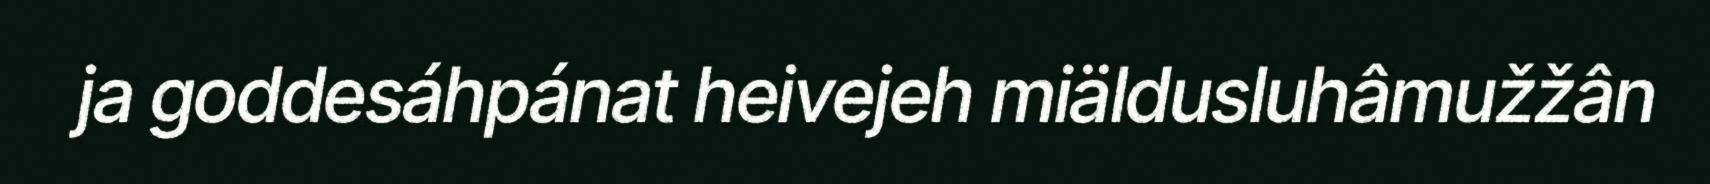
ja goddesáhpánat heivejeh miäldusluhâmužžân